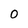
Character: 0